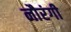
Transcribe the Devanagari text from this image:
नौरंगी